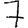
Digit: 7